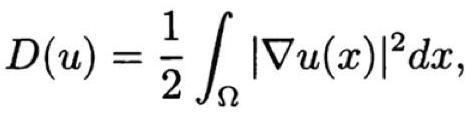
\[
D(u)=\frac{1}{2} \int_{\Omega}|\nabla u(x)|^{2} d x,
\]